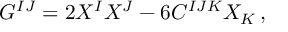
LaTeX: G ^ { I J } = 2 X ^ { I } X ^ { J } - 6 C ^ { I J K } X _ { K } \, ,